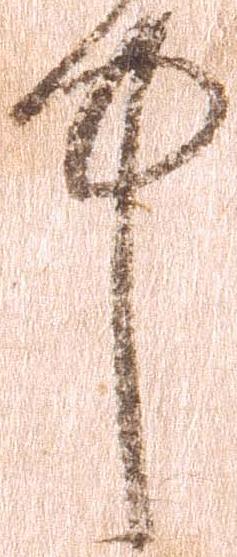
中